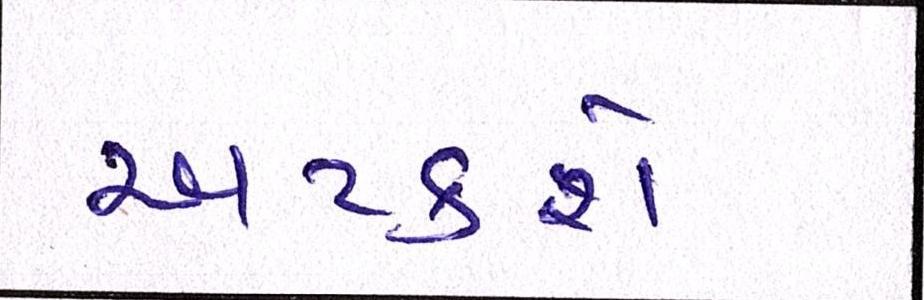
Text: અટકશે